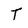
Character: T